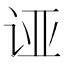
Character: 𲂉